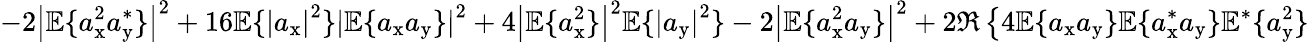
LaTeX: -2\left|\mathbb{E}\{ a_{\mathrm{x}}^{2}a_{\mathrm{y}}^{*}\} \right|^{2}+16\mathbb{E}\{ \left|a_{\mathrm{x}}\right|^{2}\} \left|\mathbb{E}\{ a_{\mathrm{x}}a_{\mathrm{y}}\} \right|^{2}+4\left|\mathbb{E}\{ a_{\mathrm{x}}^{2}\} \right|^{2}\mathbb{E}\{ \left|a_{\mathrm{y}}\right|^{2}\} -2\left|\mathbb{E}\{ a_{\mathrm{x}}^{2}a_{\mathrm{y}}\} \right|^{2}+2\Re\left\{ 4\mathbb{E}\{ a_{\mathrm{x}}a_{\mathrm{y}}\} \mathbb{E}\{ a_{\mathrm{x}}^{*}a_{\mathrm{y}}\} \mathbb{E}^{*}\{ a_{\mathrm{y}}^{2}\} \right.